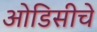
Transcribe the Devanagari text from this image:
ओडिसीचे